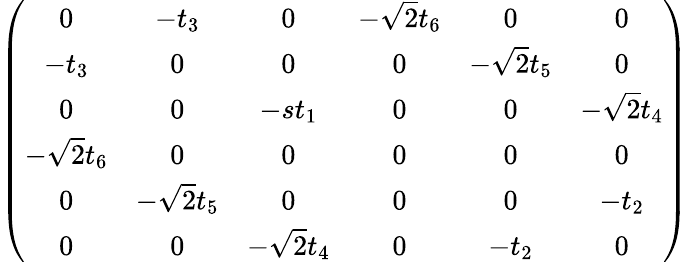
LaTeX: \begin{array}{r}{\left(\begin{array}{cccccc}{0}&{-t_{3}}&{0}&{-\sqrt{2}t_{6}}&{0}&{0}\\ {-t_{3}}&{0}&{0}&{0}&{-\sqrt{2}t_{5}}&{0}\\ {0}&{0}&{-st_{1}}&{0}&{0}&{-\sqrt{2}t_{4}}\\ {-\sqrt{2}t_{6}}&{0}&{0}&{0}&{0}&{0}\\ {0}&{-\sqrt{2}t_{5}}&{0}&{0}&{0}&{-t_{2}}\\ {0}&{0}&{-\sqrt{2}t_{4}}&{0}&{-t_{2}}&{0}\end{array}\right)}\end{array}